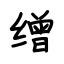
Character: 缯